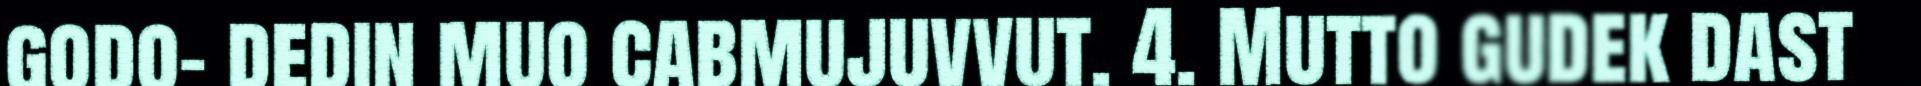
godo- dedin muo cabmujuvvut. 4. Mutto gudek dast